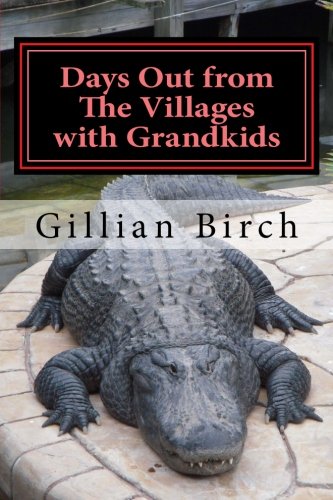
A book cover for Days Out from The Villages with Grandkids: Attractions and activities in Central Florida that can be shared by young and old (Days Out in Florida) (Volume 5); Gillian Birch; Travel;